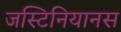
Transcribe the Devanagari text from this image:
जस्टिनियानस